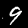
Label: 9